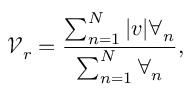
\mathscr { V } _ { r } = \frac { \sum _ { n = 1 } ^ { N } | v | \forall _ { n } } { \sum _ { n = 1 } ^ { N } \forall _ { n } } ,